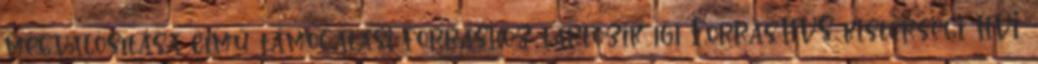
megvalósítása című támogatási forráshoz tartozik 161 Forrás:HVS kistérségi HVI,